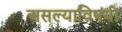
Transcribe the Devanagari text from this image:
असल्याविषयी